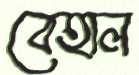
বেহাল